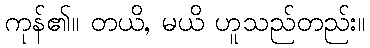
ကုန်၏။ တယိ, မယိ ဟူသည်တည်း။